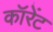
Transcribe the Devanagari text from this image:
कॉरेंट